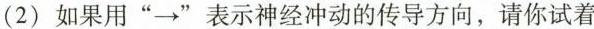
（2）如果用“\rightarrow”表示神经冲动的传导方向，请你试着